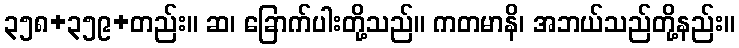
၃၅၈+၃၅၉+တည်း။ ဆ၊ ခြောက်ပါးတို့သည်။ ကတမာနိ၊ အဘယ်သည်တို့နည်း။